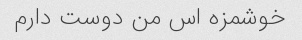
خوشمزه اس من دوست دارم